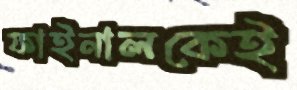
ফাইনালকেই